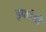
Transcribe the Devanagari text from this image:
इफांडी